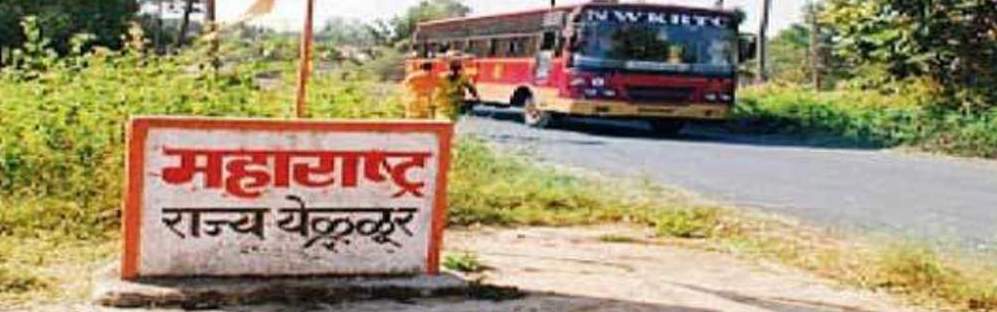
Language: marathi
Transcription: महाराष्ट्र येळळूर राज्य